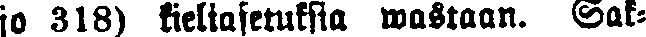
jo 318) kieliasetuksia wastaan. Sak-